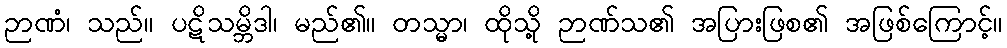
ဉာဏံ၊ သည်။ ပဋိသမ္ဘိဒါ၊ မည်၏။ တသ္မာ၊ ထိုသို့ ဉာဏ်သ၏ အပြားဖြစ၏ အဖြစ်ကြောင့်။